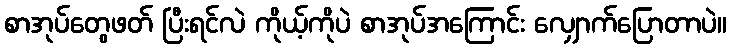
စာအုပ်တွေဖတ် ပြီးရင်လဲ ကိုယ့်ကိုပဲ စာအုပ်အကြောင်း လျှောက်ပြောတာပဲ။